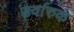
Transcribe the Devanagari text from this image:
उर्वारुकं